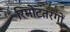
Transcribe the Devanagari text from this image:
रिमोटतरंगों